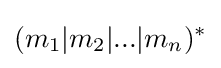
(m_{1}|m_{2}|...|m_{n})^{*}